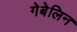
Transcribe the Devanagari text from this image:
गेबेलिन